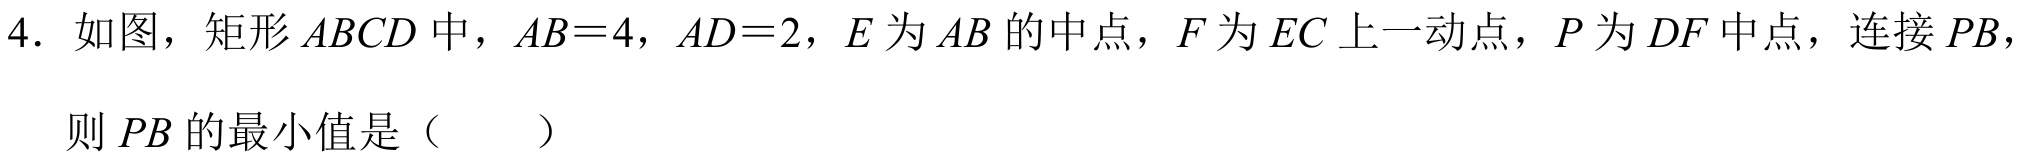
4. 如图，矩形$ABCD$中，$AB = 4$，$AD = 2$，$E$为$AB$的中点，$F$为$EC$上一动点，$P$为$DF$中点，连接$PB$，
则$PB$的最小值是（  ）